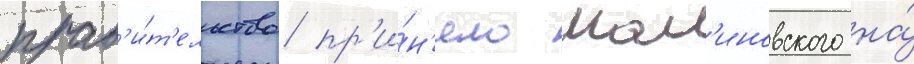
прав'и́т'ельство пр'и́н'яло мал'иновского на́